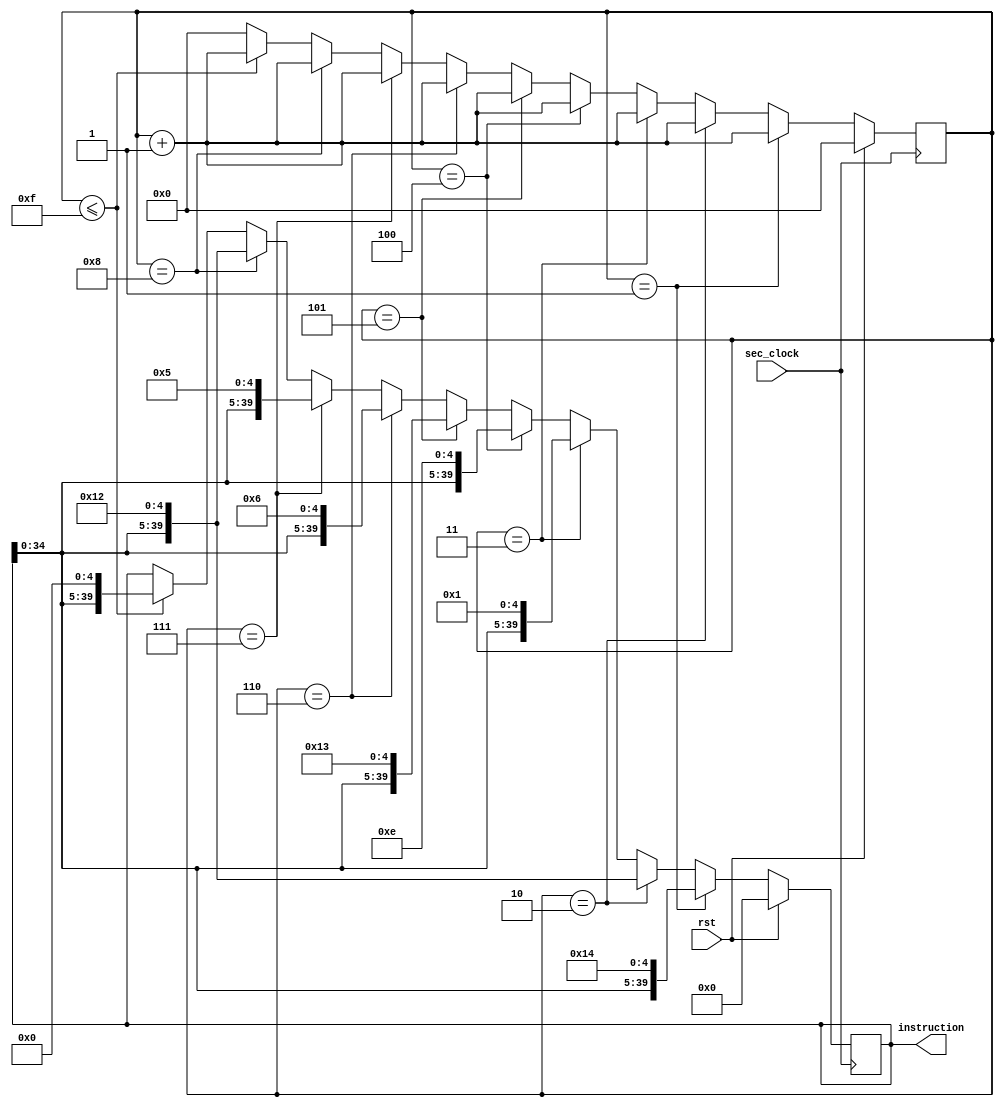
`timescale 1ns / 1ps
//////////////////////////////////////////////////////////////////////////////////
// Company: 
// Engineer: 
// 
// Design Name: 
// Module Name: inst_transfer
// Project Name: 
// Target Devices: 
// Tool Versions: 
// Description: 
// 
// Dependencies: 
// 
// Revision:
// Revision 0.01 - File Created
// Additional Comments:
// 
//////////////////////////////////////////////////////////////////////////////////


module inst_transfer(
    input sec_clock,
    input rst,
    output [39:0] instruction
    );

    reg[39:0] temp = 40'b0000000000000000000000000000000000000000;
    reg[7:0] count;
    
    
    always@(posedge sec_clock)
    begin
        if (rst == 1)
        begin
            count <= 0;
            temp = 40'b0000000000000000000000000000000000000000;
        end
        else
        begin
            count <= count + 1;
            if (count == 1)
            begin
                temp = { temp[34:0], 5'b10100};
            end
            else if (count == 2)
            begin
                temp = { temp[34:0], 5'b10010};
            end
            else if (count == 3)
            begin
                temp = { temp[34:0], 5'b00001};
            end
            else if (count == 4)
            begin
                temp = { temp[34:0], 5'b01110};
            end
            else if (count == 5)
            begin
                temp = { temp[34:0], 5'b10011};
            end
            else if (count == 6)
            begin
                temp = { temp[34:0], 5'b00110};
            end
            else if (count == 7)
            begin
                temp = { temp[34:0], 5'b00101};
            end
            else if (count == 8)
            begin
                temp = { temp[34:0], 5'b10010};
            end
            else
            begin
                if( count<= 15)
                    temp <= { temp[34:0],5'b00000};
                else
                    count <= 0;
            end
        end
    end
    
    assign instruction = temp;
endmodule